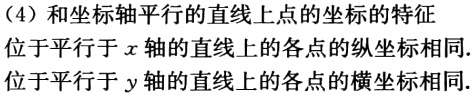
（4）和坐标轴平行的直线上点的坐标的特征

位于平行于\(x\)轴的直线上的各点的纵坐标相同.

位于平行于\(y\)轴的直线上的各点的横坐标相同.